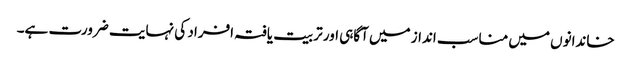
خاندانوں میں مناسب انداز میں آگاہی اور تربیت یافتہ افراد کی نہایت ضرورت ہے۔